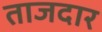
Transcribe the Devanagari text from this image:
ताजदार